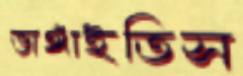
ভাঙ্গাইতিস